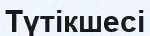
Түтікшесі